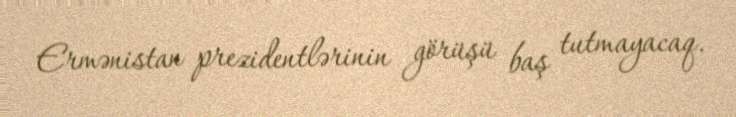
Ermənistan prezidentlərinin görüşü baş tutmayacaq.